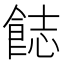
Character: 𩛣